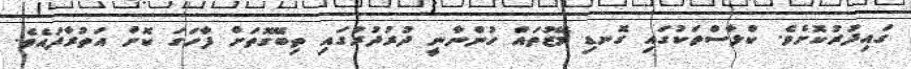
ގައިދުރުކޮށެވެ. ކްލާސްތަކުގައި ގޮނޑި މޭޒުތައް ހުންނާނީ ދުރުދުރުގައި ތިބޭގޮތަށް ފާހަގަ ކޮށް އަތުރާފައެވެ.